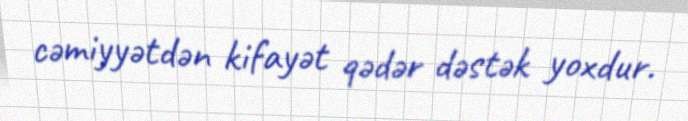
cəmiyyətdən kifayət qədər dəstək yoxdur.